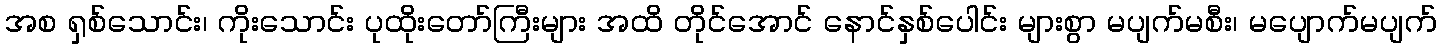
အစ ရှစ်သောင်း၊ ကိုးသောင်း ပုထိုးတော်ကြီးများ အထိ တိုင်အောင် နောင်နှစ်ပေါင်း များစွာ မပျက်မစီး၊ မပျောက်မပျက်